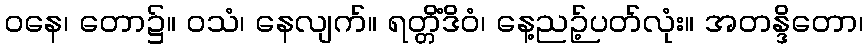
ဝနေ၊ တော၌။ ဝသံ၊ နေလျက်။ ရတ္တိံဒိဝံ၊ နေ့ညဉ့်ပတ်လုံး။ အတန္ဒိတော၊